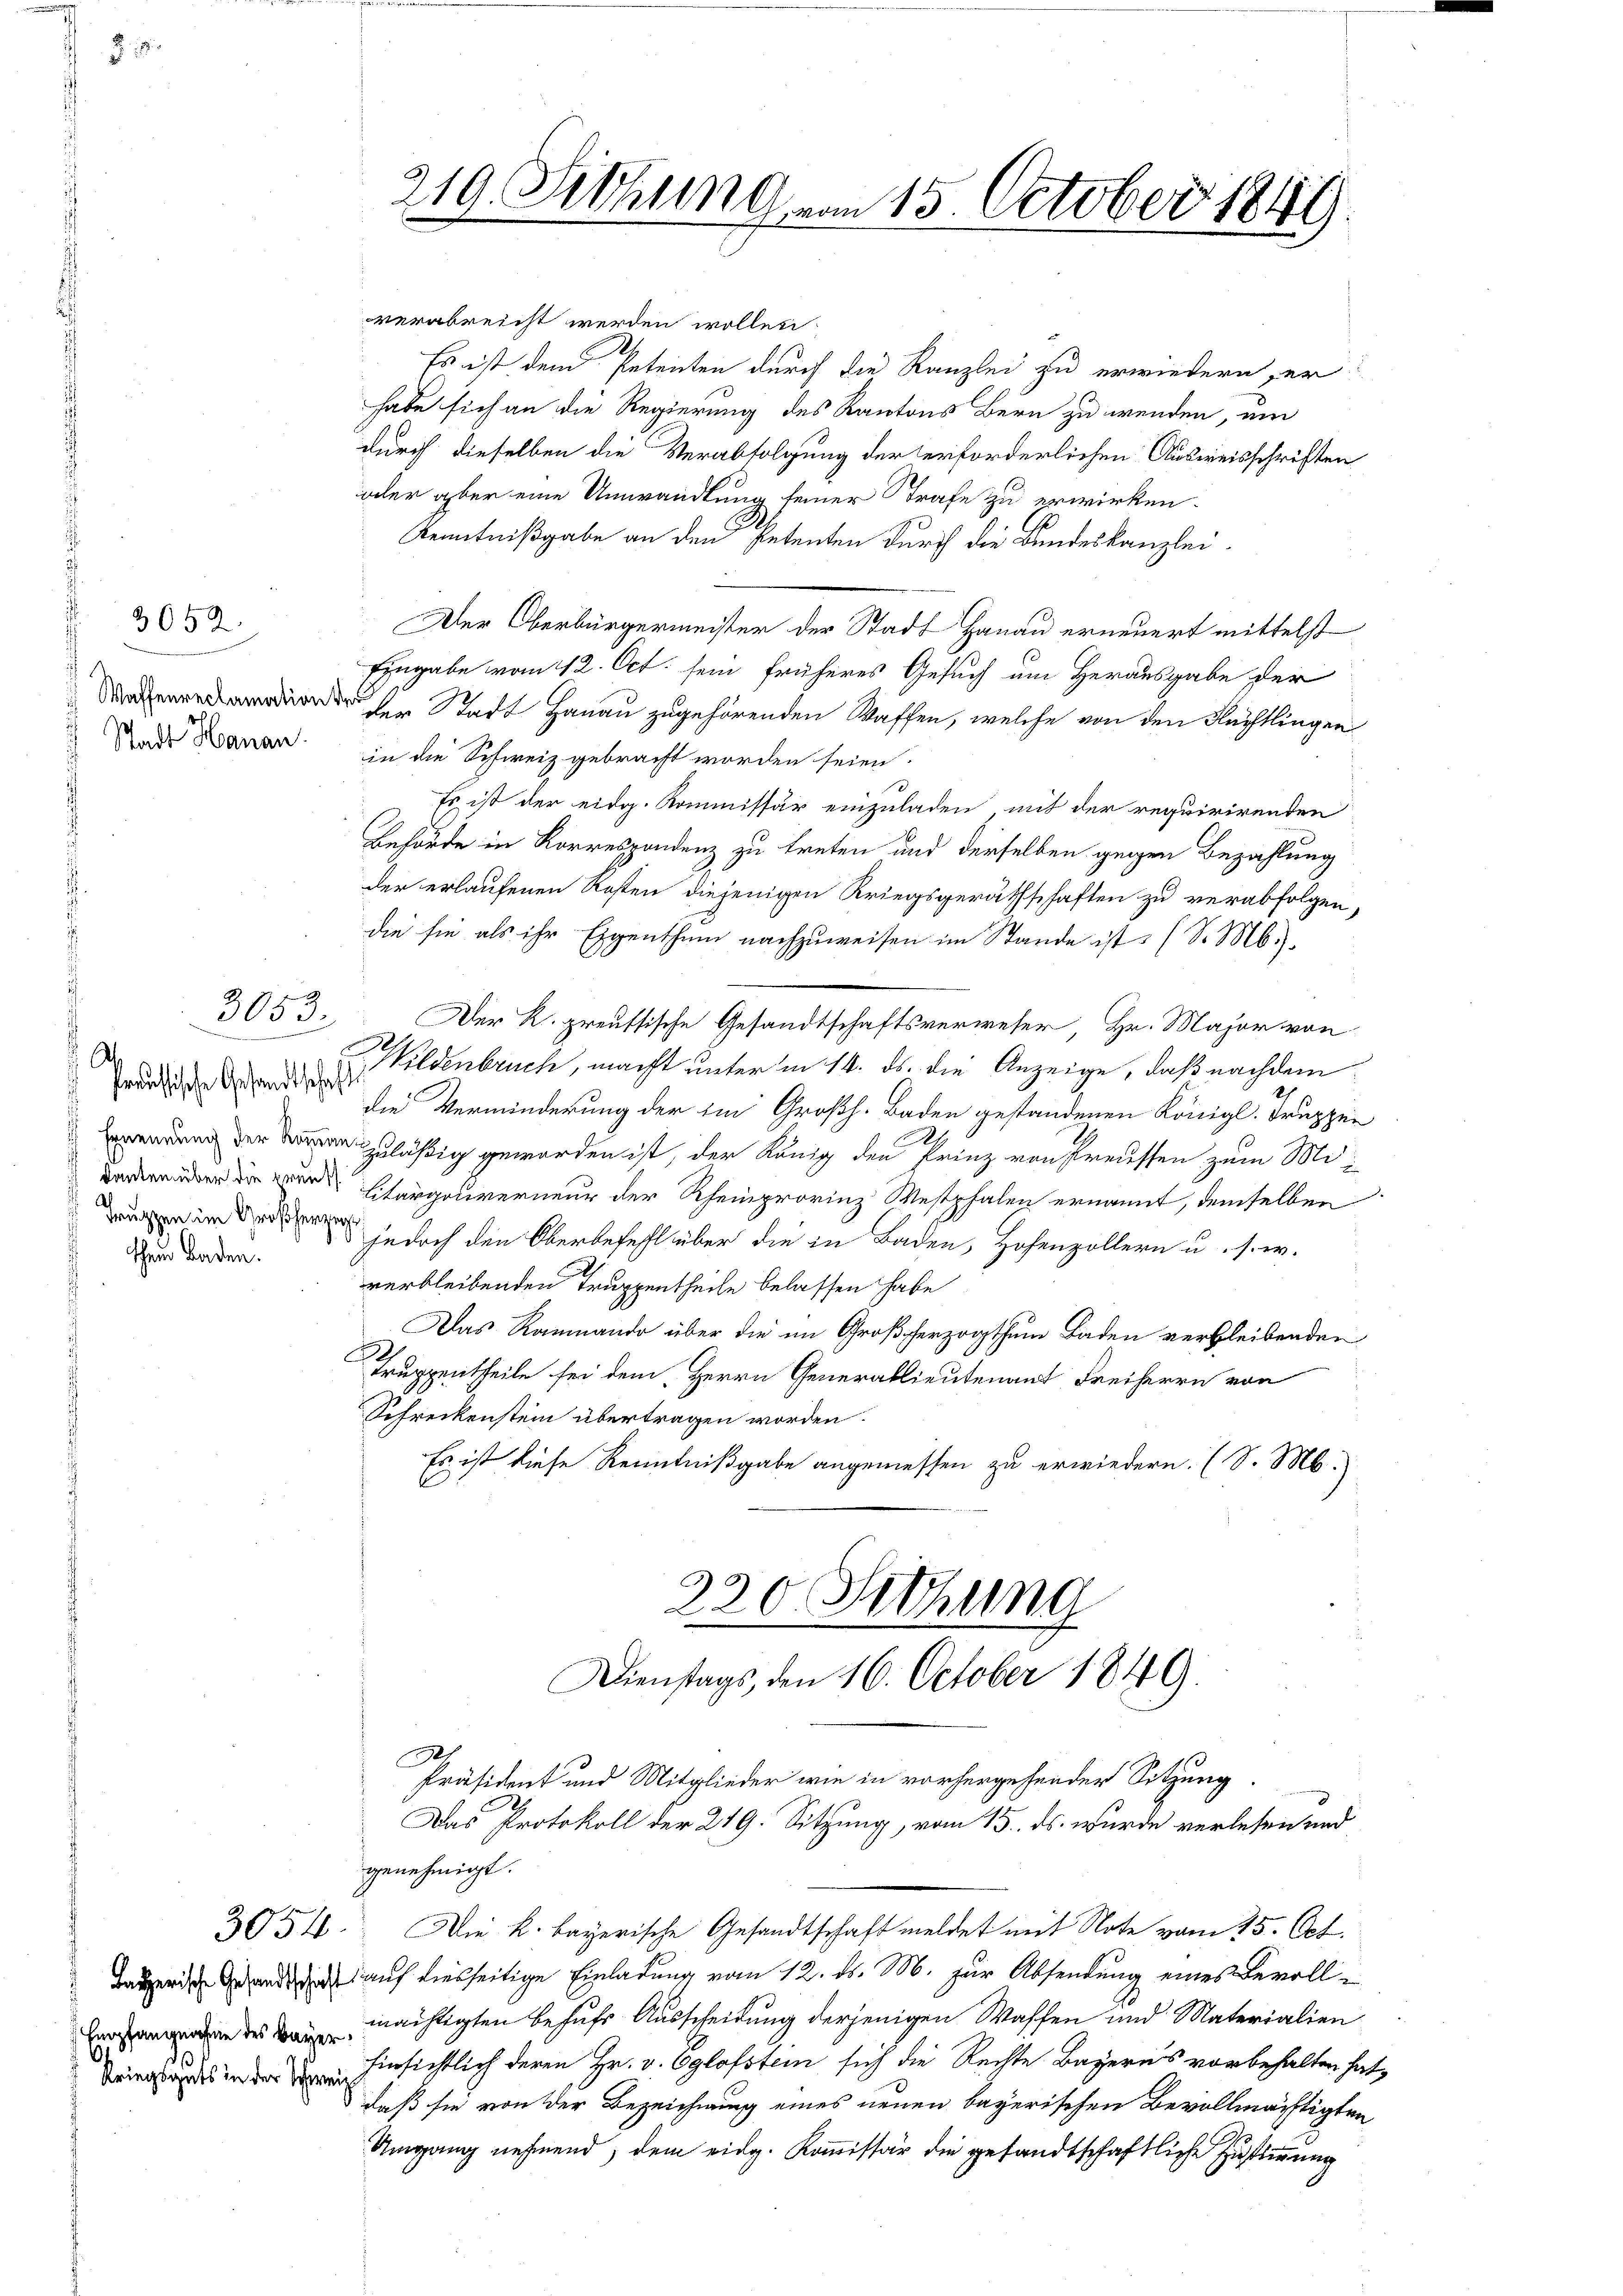
§. 5.

3052

e
A
d
Preussische Gesandtschaft
Truppen im Großherzen

3053.

verabreicht werden wollen.
Es ist dem Petenten durch die Kanzlei zu erwiedern er
habe sich an die Regierung des Kantons Bern zu wenden, um
durch dieselben die Verabfolgung der erforderlichen Ausweisschriften
oder aber eine Umwandlung seiner Strafe zu erwirken.
Kenntnißgabe an den Petenten durch die Bundeskanzlei-
Der Oberbürgermeister der Stadt Hanau erneuert mittelst
Eingabe vom 12. Oct. sein früheres Gesuch um Herausgabe der
 der Stadt Hanau zugehörenden Waffen, welche von den Flüchtlingen
nde Banan in die Schweiz gebracht worden seien.
Es ist der eidg. Kommissär einzuladen, mit der requirirenden
Behörde in Korrespondenz zu treten und derselben gegen Bezahlung
der erlaufenen Kosten diejenigen Kriegsgeräthschaften zu verabfolgen,
die sie als ihr Eigenthum nachzuweisen im Stande ist (S. M.).
Der R. preussische Gesandtschaftsverweser, Hr. Major von
Wildenbruch, macht unter in 14. ds. die Anzeige, daß nachdem
die Verminderung der im Großh. Baden gestandenen Königl. Truppen
 zuläßig geworden ist, der König den Prinz von Preussen zum Mieniturgouverneur der Rheinprovinz Westphalen ernannt, demselben
  jedoch den Oberbefehl über die in Baden, Hofenzollern u. s. w.
.
verbleibenden Truppentheile belassen habe
Das Rammando über die im Großherzogthum Baden verbleibenden
C
Truppentheile sei dem Herrn Generallieutenant Freiherrn von
Schreckenstein übertragen worden.
Es ist diese Kenntnißgabe angemessen zu erwiedern. (S. M.
230 Sethung
Dienstags, den 16. October 1849.
t
Präsident und Mitglieder wie in vorhergehender Sitzung.
Das Protokoll der 219. Sitzung, vom 15. ds. wurde verlesen und
genehmigt.
3054. Die k. bayerische Gesandtschaft meldet mit Note vom 25. Oct.
Tauer ande auf diesseitige Einladung vom 12. d. M. zur Absendung eines Bevollmächtigten behufs Ausscheidung derjenigen Waffen und Materialien
Virgils in der hinsichtlich deren Hr. v. Eglofstein sich die Rechte Bayerns vorbehalten hat,
daß sie von der Bezeichnung eines neuen bayerischen Bevollmächtigten
Umgang nehmend, dem eidg. Kommissär die gesandtschaftliche Zustimmung

210. Sitzung vom 15. October 1849